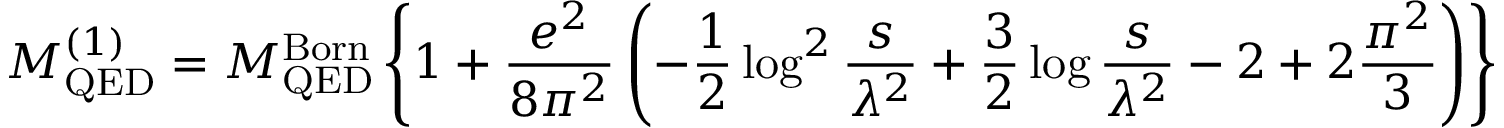
{ \cal M } _ { \mathrm { Q E D } } ^ { ( 1 ) } = { \cal M } _ { \mathrm { Q E D } } ^ { \mathrm { B o r n } } \left\{ 1 + \frac { e ^ { 2 } } { 8 \pi ^ { 2 } } \left( - \frac { 1 } { 2 } \log ^ { 2 } \frac { s } { \lambda ^ { 2 } } + \frac { 3 } { 2 } \log \frac { s } { \lambda ^ { 2 } } - 2 + 2 \frac { \pi ^ { 2 } } { 3 } \right) \right\}